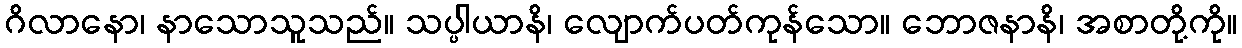
ဂိလာနော၊ နာသောသူသည်။ သပ္ပါယာနိ၊ လျောက်ပတ်ကုန်သော။ ဘောဇနာနိ၊ အစာတို့ကို။